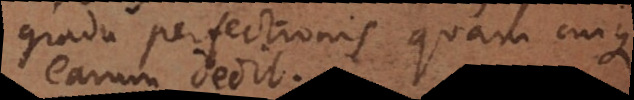
gradu perfectionis quam cuique